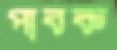
পাবক